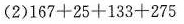
(2) $$1 6 7 + 2 5 + 1 3 3 + 2 7 5$$